Kloostri_vallavalitsus, lk 30
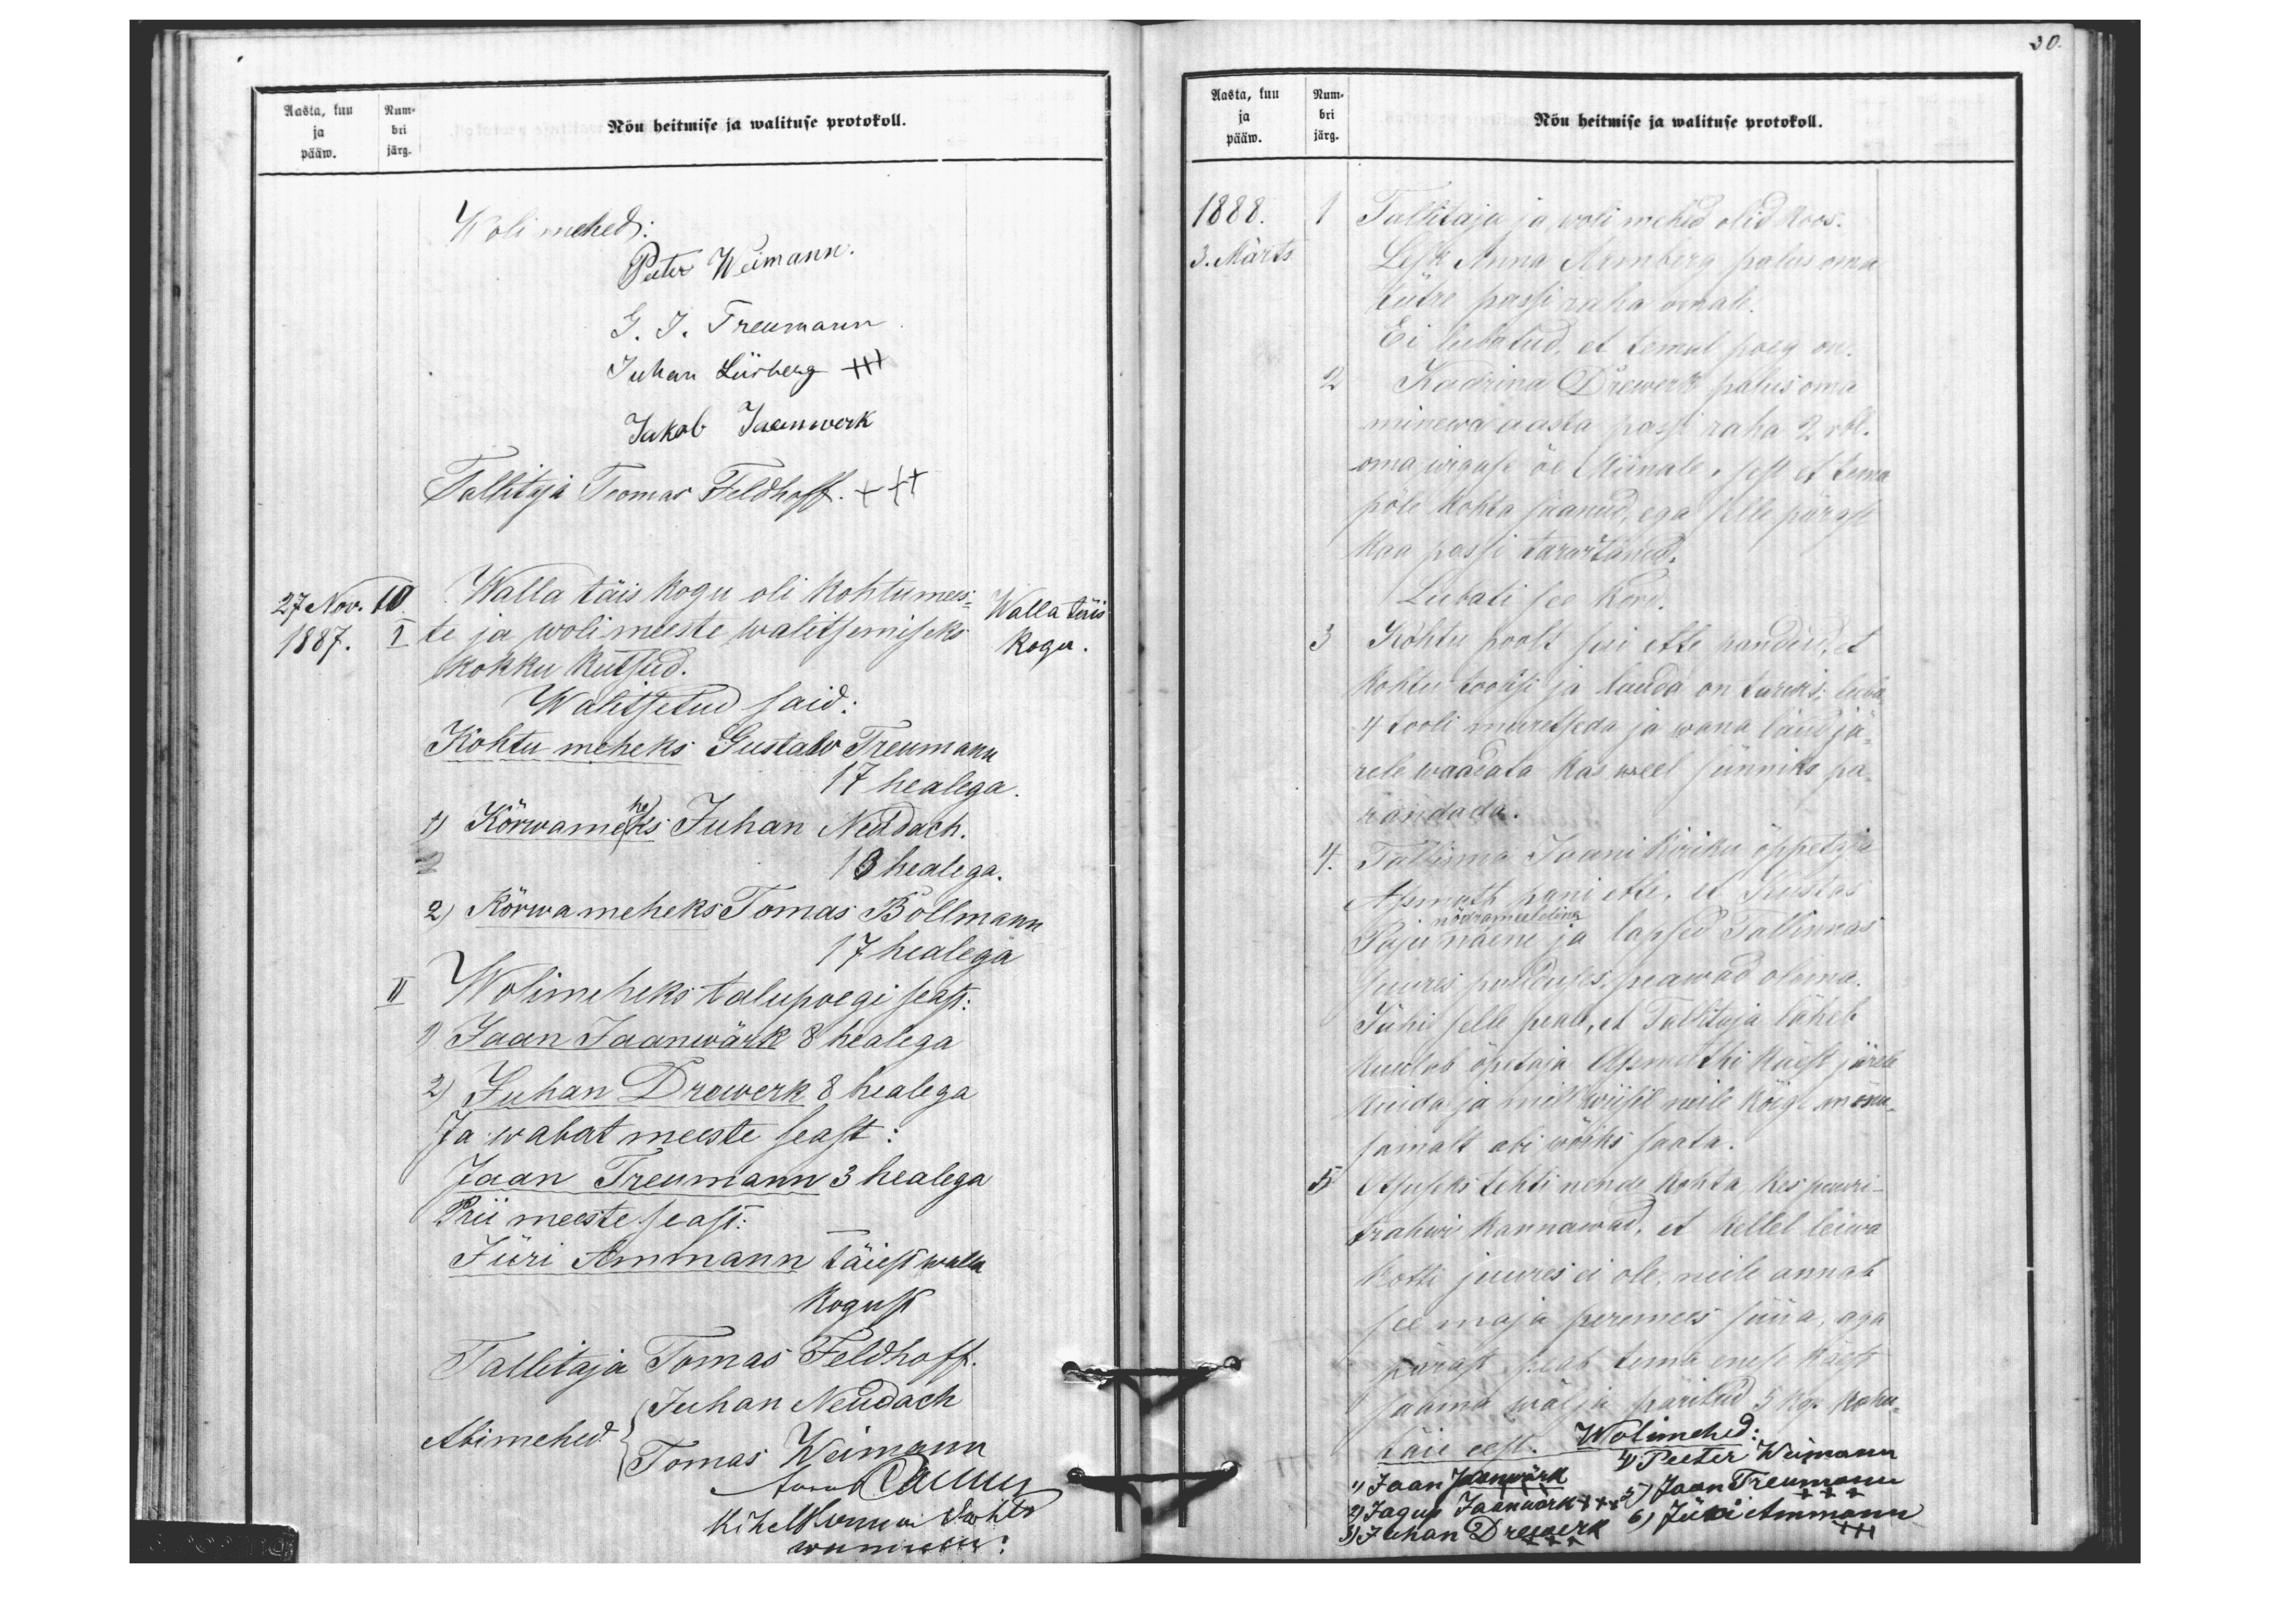
30.

Aasta, kuu Num-
Nõu heitmise ja walituse protokoll.
ja bri
pääw. järg.
Wolimehed:
Peeter Weimann.
G. J. Treumann
Juhan Liisberg XXX
Jakob Jaanwerk
Tallitaja Toomas Feldhoff +++
27 Nov.
10 Walla täis kogu oli kohtumees
Walla täis
1887.
te ja wolimeeste walitsemiseks
kogu.
kokku kutsud.
Walitsetud said:
Kohtu meheks Gustaw Treumann
17 healega.
he
1) Kõrwameks Juhan Neudach.
13 healega.
2) Kõrwameheks Tomas Bollmann
17 healega
II Wolimeheks talupoegi seast:
1) Jaan Jaanwärk 8 healega
2) Juhan Drewerk 8 healega
Ja wabat meeste seast:
Jaan Treumann 3 healega
Prii meeste seast.
Jüri Ammann täiest walla
Kogust
Tallitaja Tomas Feldhoff.
Abimehed
Juhan Neudach
Tomas Weimann
Anna M. Mulz
kihelkonna Kohto
wannetu:

Aasta, kuu Num-
pääw. järg.
ja bri
Nõu heitmise ja walituse protokoll.
1888.
Tallitaja ja woli mehed olid koos.
3. Märts.
Lesk Anna Armberg palus oma
tütre passi raha omale.
Ei lubatud, et temal poeg on
2 Kadrina Drewerk palus oma
minewa aasta passi raha 2 rbl.
oma wigase õe Miinale, sest et tema
põle kohta saanud, ega selle pärast
kaa passi tarwitanud,
Lubati see kord.
3 Kohtu poolt sai ette pandud, et
kohtu toolisi ja lauda on tarwis; luba
4 tooli muretseda ja wana laud jä
rele waadata kas weel sünniks pa-
randada.
4. Tallinna Jaani Kiriku õppetaja
Assmuth pani ette, et Kustas
nõdrameeleline
Paju naene ja lapsed Tallinnas
suures puuduses, peawad olema.
Jähi selle peale, et Tallitaja läheb
kuulab õpetaja Assmuthi käest järele
kuida ja mill wiisil neile kõige mõnu
samalt abi wõiks saata.
5 Otsuseks tehti nende kohta, kes suuri-
trahwi kannawad, et kellel leiwa
kotti juures ei ole, neile annab
see maja peremees süüa, aga
pärast peab tema enese käest
saama wälja päritud 5 kop. kõhu-
täie eest. Wolimehed:
4) Peeter Weimann
1) Jaan Jaanwärk
5) Jaan Treumann
+++
2) Jagup Jaanwark +++
6) Jüri Ammann
+++
3) Juhan Drewerk
+++